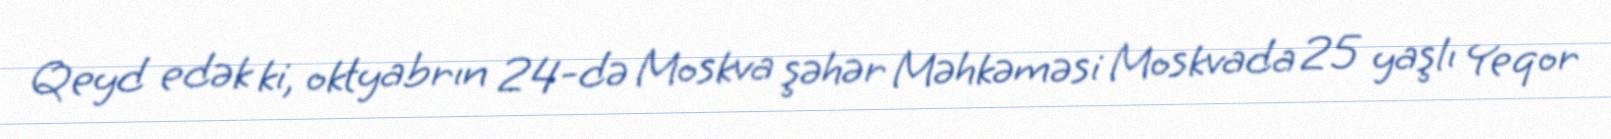
Qeyd edək ki, oktyabrın 24-də Moskva şəhər Məhkəməsi Moskvada 25 yaşlı Yeqor